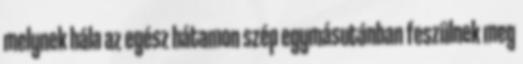
melynek hála az egész hátamon szép egymásutánban feszülnek meg